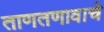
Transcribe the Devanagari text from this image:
ताणतणावाचे